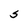
Character: S